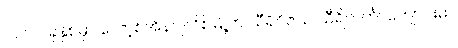
၂၀၀၂ ခုနှစ်မှာ လော့စ်အိန်ဂျလိစ်မြို့က သီရိဝိဇယ သီရိလင်္ကာကျောင်းမှာ